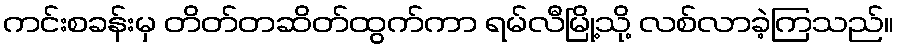
ကင်းစခန်းမှ တိတ်တဆိတ်ထွက်ကာ ရမ်လီမြို့သို့ လစ်လာခဲ့ကြသည်။